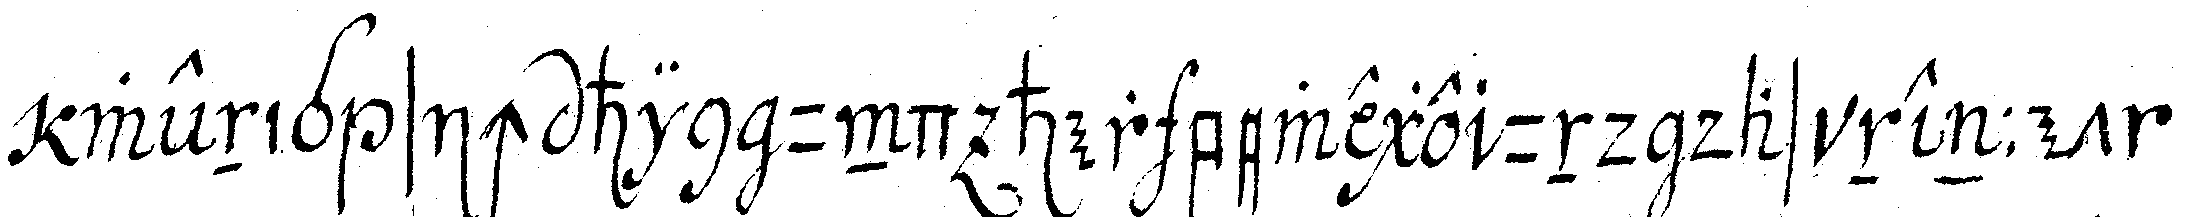
wenig sich hin und her bewege und das nennet